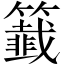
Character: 籖